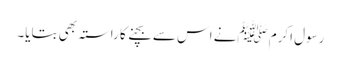
رسول اکرم ﷺنے اس سے بچنے کا راستہ بھی بتایا۔